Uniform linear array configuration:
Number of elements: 16
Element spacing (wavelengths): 0.5
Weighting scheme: blackman
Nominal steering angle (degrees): -30
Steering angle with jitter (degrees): -28.406
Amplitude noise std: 0.05
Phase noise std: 0.05

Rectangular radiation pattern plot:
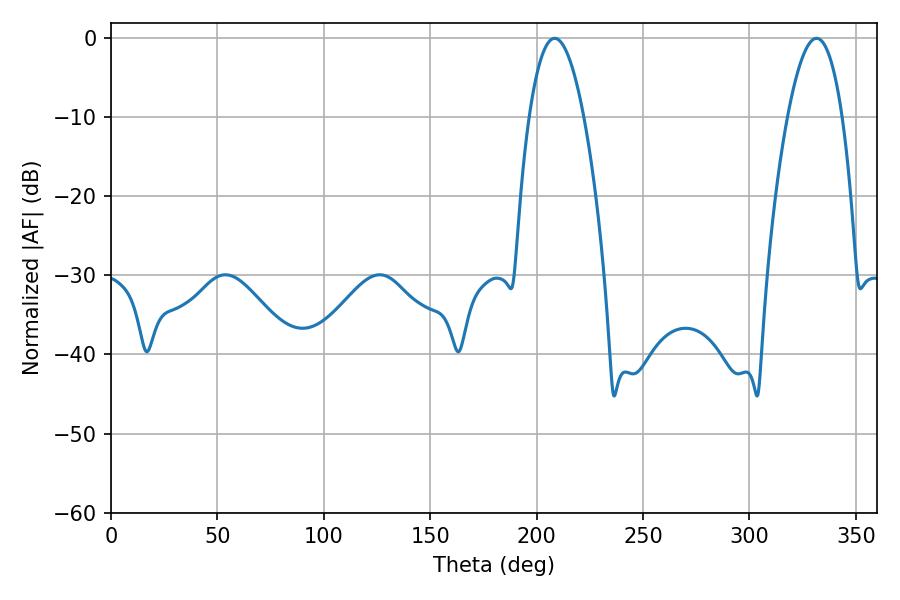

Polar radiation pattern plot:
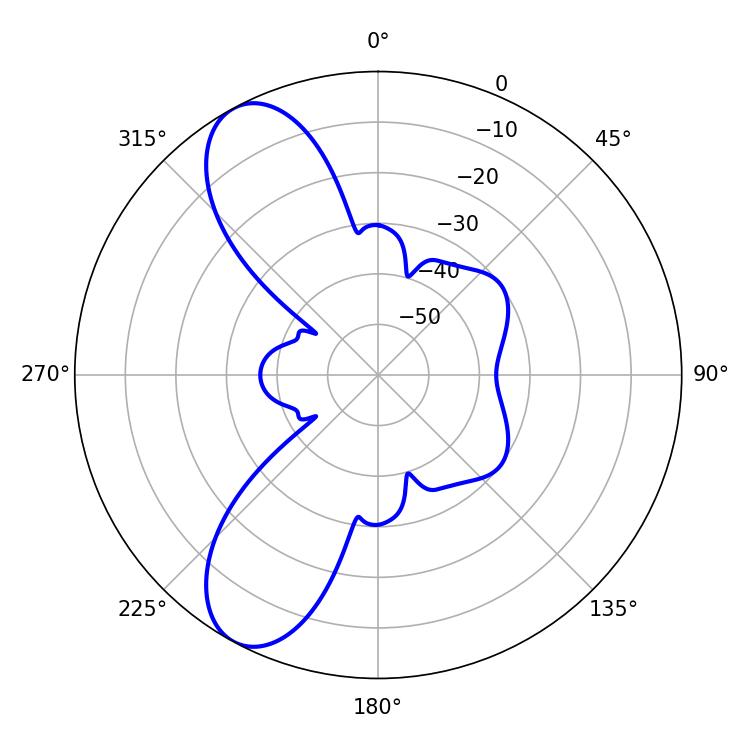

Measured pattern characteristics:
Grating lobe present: FALSE
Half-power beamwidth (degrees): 14.22
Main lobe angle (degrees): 208.44